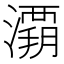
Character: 𰝚